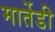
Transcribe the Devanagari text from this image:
मार्तेडी